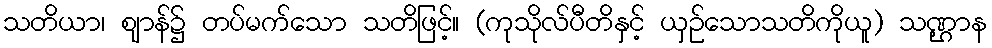
သတိယာ၊ ဈာန်၌ တပ်မက်သော သတိဖြင့်။ (ကုသိုလ်ပီတိနှင့် ယှဉ်သောသတိကိုယူ) သဏ္ဌာန